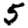
Digit: 5